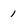
Character: 1